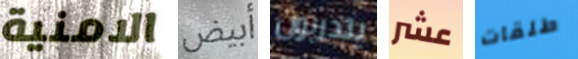
الامنية أبيض يتدربون عشر طلقات